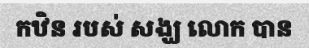
កឋិន របស់ សង្ឃ លោក បាន